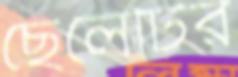
ছেলেটির